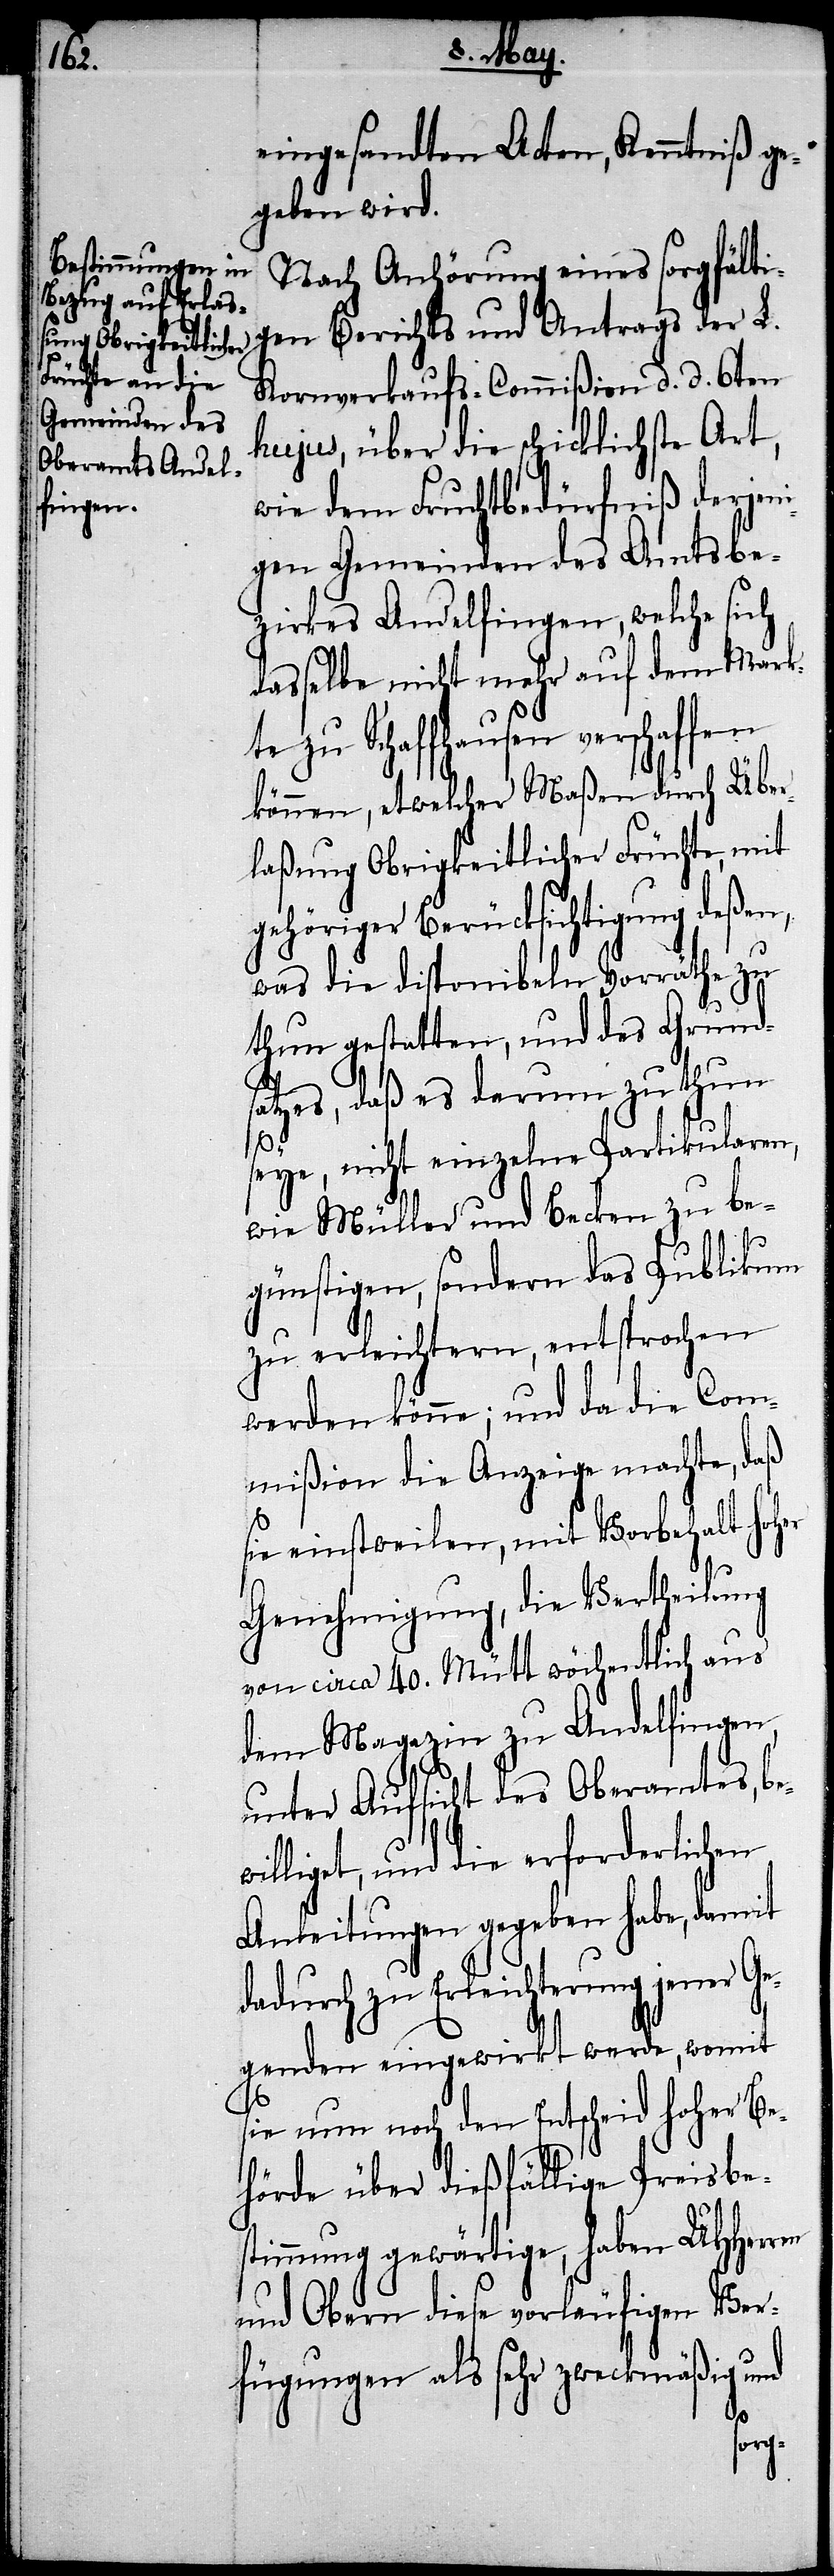
eingesandten Acten, Kenntniß ge¬
geben wird.
Nach Anhörung eines sorgfälti¬
gen Berichts und Antrags der L.
Kornverkaufs-Commißion d. d. 6ten
hujus, über die schicklichste Art,
wie dem Fruchtbedürfniß derjen¬
igen Gemeinden des Amtsbe¬
zirkes Andelfingen, welche sich
dasselbe, nicht mehr auf dem Mark¬
te zu Schaffhausen verschaffen
können, etwelcher Maßen durch Über¬
laßung Obrigkeitlicher Früchte, mit
gehöriger Berücksichtigung deßen,
was die disponiblen Vorräthe zu
thun gestatten, und des Grund¬
satzes, daß es darum zu thun
seye, nicht einzelne Partikularen,
wie Müller und Becken zu be¬
günstigen, sondern das Publikum
zu erleichtern, entsprochen
werden könne; und da die Com¬
mißion die Anzeige machte, daß
sie einstweilen, mit Vorbehalt hoher
Genehmigung, die Vertheilung
von circa 40. Mütt wöchentlich aus
dem Magazin zu Andelfingen,
unter Aufsicht des Oberamtes, be¬
williget, und die erforderlichen
Anleitungen gegeben habe, damit
dadurch zu Erleichterung jener Ge¬
genden eingewirkt werde, womit
sie nun noch den Entscheid hoher Be¬
hörde über dießfällige Preisbe¬
stimmung gewärtige, haben UHHerren
und Obern diese vorläufigen Ver¬
fügungen als sehr zweckmäßig